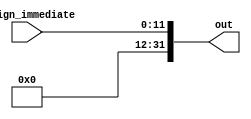
`timescale 1ns / 1ps
//////////////////////////////////////////////////////////////////////////////////
// Company: 
// Engineer: 
// 
// Design Name: 
// Module Name:    unsign_extend 
// Project Name: 
// Target Devices: 
// Tool versions: 
// Description: 
//
// Dependencies: 
//
// Revision: 
// Revision 0.01 - File Created
// Additional Comments: 
//
//////////////////////////////////////////////////////////////////////////////////
module unsign_extend(unsign_immediate,out
    );
	input [11:0] unsign_immediate;
	output [31:0] out;
	
	assign out = {20'b0,unsign_immediate};

endmodule